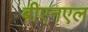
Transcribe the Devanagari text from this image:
बीएनएल